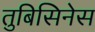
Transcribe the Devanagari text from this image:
तुबिसिनेस